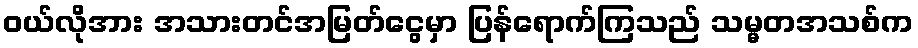
၀ယ်လိုအား အသားတင်အမြတ်ငွေမှာ ပြန်ရောက်ကြသည် သမ္မတအသစ်က